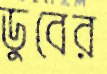
ডুবের